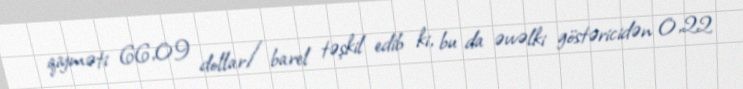
qiyməti 66,09 dollar/barel təşkil edib ki, bu da əvvəlki göstəricidən 0,22